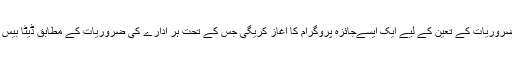
مجھے امید ہے کہ اب ایچ ای سے تحقیقی ضروریات کے تعین کے لیے ایک ایسےجائزہ پروگرام کا آغاز کریگی جس کے تحت ہر ادارے کی ضروریات کے مطابق ڈیٹا بیس تک رسائی کا پروگرام ترتیب دیا جائے گا۔